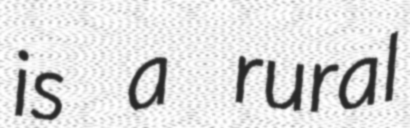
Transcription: is a rural